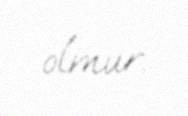
olmur.